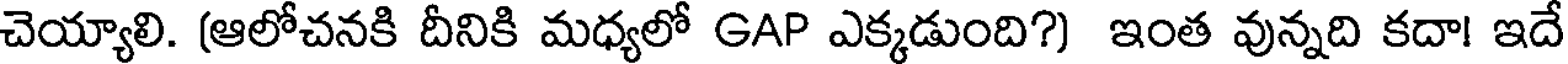
చెయ్యాలి. (ఆలోచనకి దీనికి మధ్యలో GAP ఎక్కడుంది?) ఇంత వున్నది కదా! ఇదే